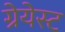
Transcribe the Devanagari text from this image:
ग्रेयेस्ट